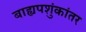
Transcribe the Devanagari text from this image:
बाह्यपशुंकांतर